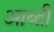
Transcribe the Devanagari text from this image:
आब्ती